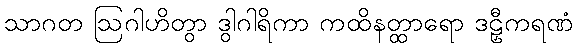
သာဂတ ဩဂါဟိတွာ ဒွါဂါရိကာ ကထိနတ္ထာရော ဒဠှီကရဏံ